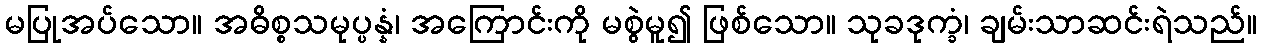
မပြုအပ်သော။ အဓိစ္စသမုပ္ပန္နံ၊ အကြောင်းကို မစွဲမူ၍ ဖြစ်သော။ သုခဒုက္ခံ၊ ချမ်းသာဆင်းရဲသည်။